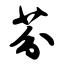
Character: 芬